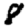
Digit: 8